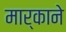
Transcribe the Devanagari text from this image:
मार्काने